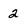
Character: 2